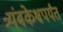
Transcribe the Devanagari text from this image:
त्र्यंबकेश्वपर्यंत